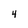
Character: 4